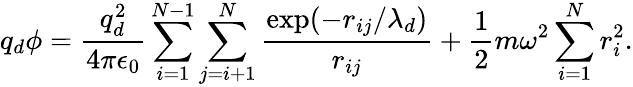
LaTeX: q_{d}\phi=\frac{q_{d}^{2}}{4\pi\epsilon_{0}}\sum_{i=1}^{N-1}\sum_{j=i+1}^{N}\frac{\exp(-r_{ij}/\lambda_{d})}{r_{ij}}+\frac{1}{2}m\omega^{2}\sum_{i=1}^{N}r_{i}^{2}.